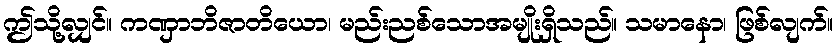
ဤသို့လျှင်။ ကဏှာဘိဇာတိယော၊ မည်းညစ်သောအမျိုးရှိသည်။ သမာနော၊ ဖြစ်လျက်။